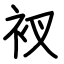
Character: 衩